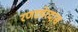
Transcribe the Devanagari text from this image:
रणछोरदास